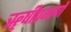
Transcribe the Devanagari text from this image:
ॠषीप्रमाणें